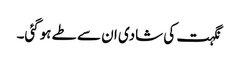
نگہت کی شادی ان سے طے ہوگئی۔